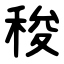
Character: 稄